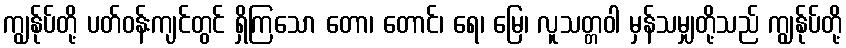
ကျွန်ုပ်တို့ ပတ်ဝန်းကျင်တွင် ရှိကြသော တော၊ တောင်၊ ရေ၊ မြေ၊ လူသတ္တဝါ မှန်သမျှတို့သည် ကျွန်ုပ်တို့